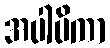
အပါပိကာ